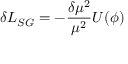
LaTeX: \delta { \cal { L } } _ { S G } = - \frac { \delta \mu ^ { 2 } } { \mu ^ { 2 } } U ( \phi )